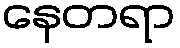
နေတရာ